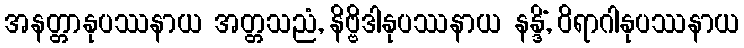
အနတ္တာနုပဿနာယ အတ္တသညံ, နိဗ္ဗိဒါနုပဿနာယ နန္ဒိံ, ဝိရာဂါနုပဿနာယ